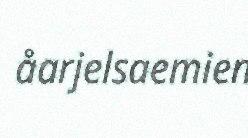
åarjelsaemien